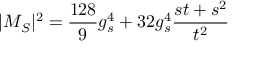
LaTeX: | { { \cal M } } _ { S } | ^ { 2 } = \frac { 1 2 8 } { 9 } g _ { s } ^ { 4 } + 3 2 g _ { s } ^ { 4 } \frac { s t + s ^ { 2 } } { t ^ { 2 } }